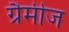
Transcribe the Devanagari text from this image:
ग्रैमीज